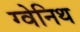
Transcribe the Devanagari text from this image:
ग्वेनिथ